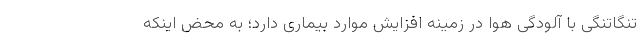
تنگاتنگی با آلودگی هوا در زمینه افزایش موارد بیماری دارد؛ به محض اینکه